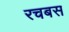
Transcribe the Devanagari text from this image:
रचबस